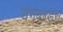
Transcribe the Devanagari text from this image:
यंगब्लड्स